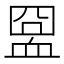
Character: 𧖸